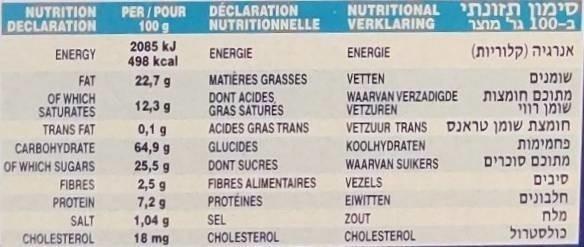
NUTRITION DECLARATION
PER / POUR 100 g
DÉCLARATION NUTRITIONNELLE
ז LוזNUTRI VERKLARING
-100 ג
2085 kJ 498 kcal
קלךרירת)
ENERGY
ENERGIE
ENERGIE
FAT
22,7 g
MATIÈRES GRASSES
VETTEN
שומנים
הה חומצות ומך רוןי VETZUUR TRANS DINID InIe nynın חמרמות כמ סוכרים
OF WHICH SATURATES
DONT ACIDES GRAS SATURES ACIDES GRAS TRANS
WAARVAN VERZADIGDE VETZUREN
12,3 g
TRANS FAT
0,1 g
64,9 g 25,5 g
CARBOHYDRATE
GLUCIDES
KOOLHYDRATEN
OF WHICH SUGARS
DONT SUCRES
WAARVAN SUIKERS
FIBRES ALIMENTAIRES
VEZELS
קיבים
FIBRES PROTEIN
2,5 9 7,2 9 1,04 g
חלבונים מלח ןלסטרול
PROTÉINES
EIWITTEN
SALT
SEL
ZOUT
CHOLESTEROL
18 mg
CHOLESTEROL
CHOLESTEROL